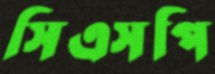
সিএসপি